Report on vaccination in the Province of Bengal - 1874-1889
Year: 1874
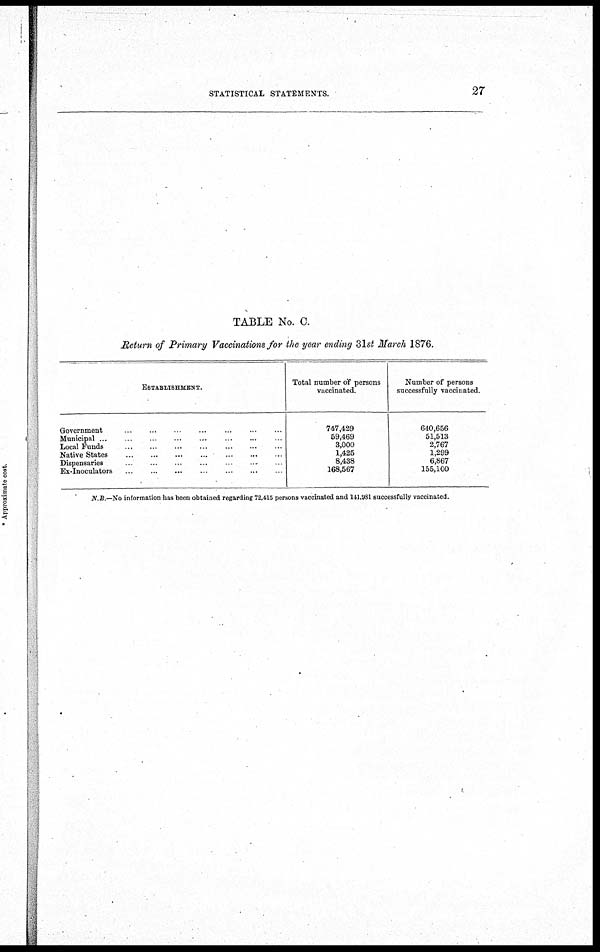
STATISTICAL STATEMENTS.
27
TABLE No. C.
Return of Primary Vaccinations for the year ending 31st March 1876.
ESTABLISHMENT.
Government.. ... ... ... ... ... ...
Municipal ...
...
...
...
...
...
...
Local Funds...
...
...
...
...
...
...
Native States...
...
...
...
...
...
..
Dispensaries...
...
...
...
...
...
...
Ex-Inoculators... ... ... ... ...
Total number of persons
vaccinated.
747,429
59,469
3,000
1,425
8,438
168,567
Number of persons
successfully vaccinated.
640,656
51,513
2,767
1,299
6,867
155,100
N.B.—No information has been obtained regarding 72,415 persons vaccinated and 141,981 successfully vaccinated.